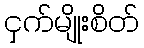
ငှက်မျိုးစိတ်